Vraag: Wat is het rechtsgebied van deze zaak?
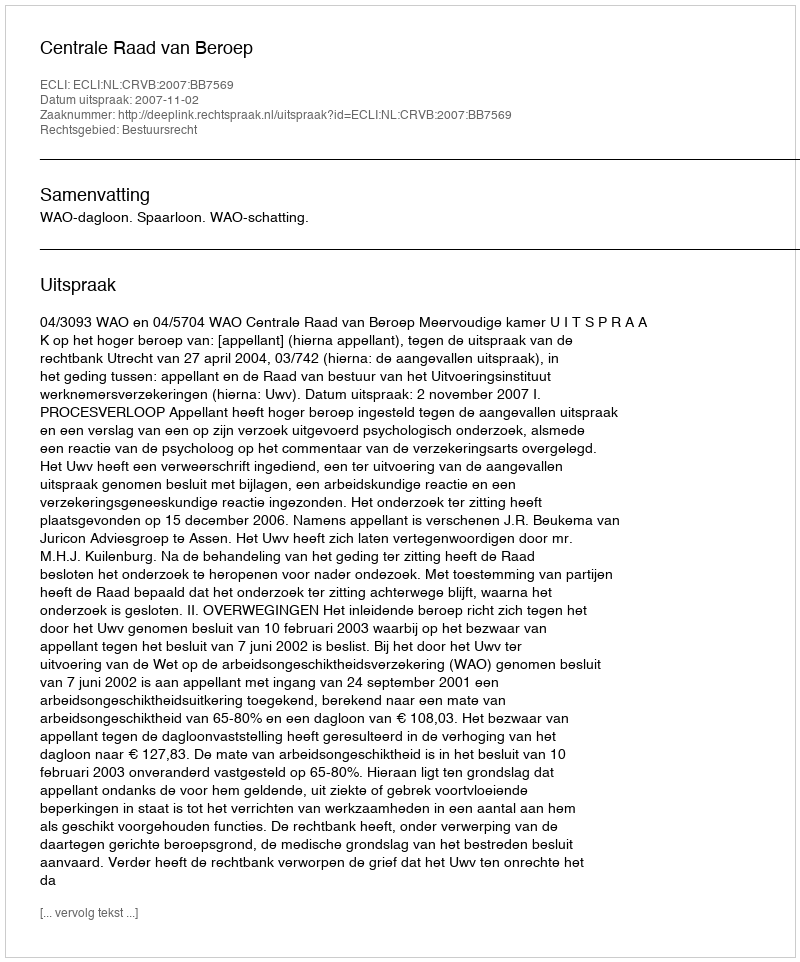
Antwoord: Bestuursrecht